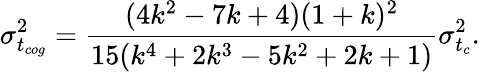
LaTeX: \sigma_{t_{cog}}^{2}=\frac{(4k^{2}-7k+4)(1+k)^{2}}{15(k^{4}+2k^{3}-5k^{2}+2k+1)}{\sigma_{t_{c}}^{2}}.